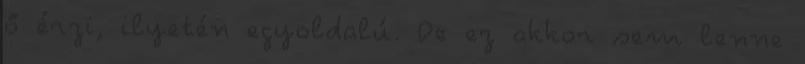
ő érzi, ilyetén egyoldalú. De ez akkor sem lenne